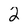
Character: 2